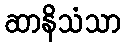
ဆာနိသံသာ